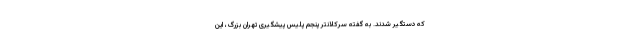
که دستگیر شدند. به گفته سرکلانتر پنجم پلیس پیشگیری تهران بزرگ، این